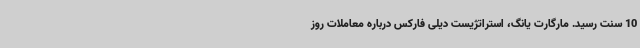
10 سنت رسید. مارگارت یانگ، استراتژیست دیلی فارکس درباره معاملات روز